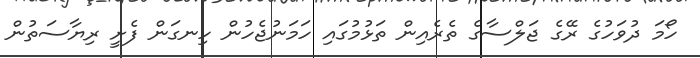
ހޯމަ ދުވަހުގެ ރޭގެ ޖަލްސާގެ ތެރެއިން ތަޅުމުގައި ހަމަނުޖެހުން ހިނގަން ފެށީ ރިޔާސަތުން